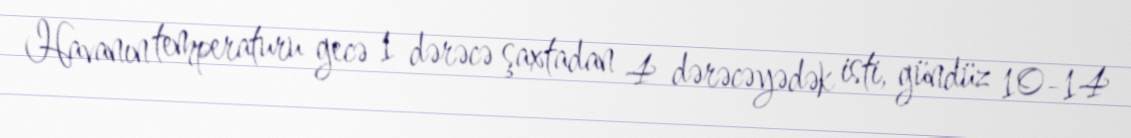
Havanın temperaturu gecə 1 dərəcə şaxtadan 4 dərəcəyədək isti, gündüz 10-14